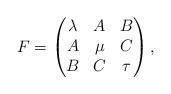
LaTeX: \begin{align*} F= \begin{pmatrix} \lambda&A&B\\ A&\mu&C\\ B& C&\tau \end{pmatrix},\end{align*}